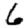
Digit: 6